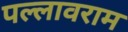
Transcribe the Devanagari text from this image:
पल्लावराम